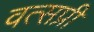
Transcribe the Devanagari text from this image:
वत्सप्री